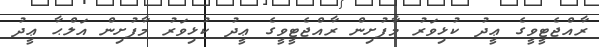
ރާއްޖެޓީވީގެ ޢީދު ކުޅިވަރު މާފުށިން ރާއްޖެޓީވީގެ ޢީދު ކުޅިވަރު މާފުށިން އަލްޙާ ޢީދު